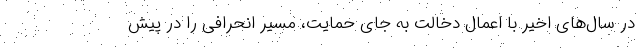
در سال‌های اخیر با اعمال دخالت به جای حمایت، مسیر انحرافی را در پیش